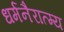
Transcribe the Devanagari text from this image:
धर्मनैरात्म्य